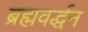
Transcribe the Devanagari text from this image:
ब्रह्मवर्द्धन